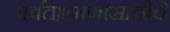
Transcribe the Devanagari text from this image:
पर्वतभ्रमणासाठीचे